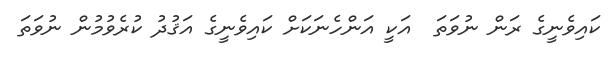
ކައިވެނީގެ ރަން ނުވަތަ  އަކީ އަންހެނަކަށް ކައިވެނީގެ އަޤުދު ކުރެވުމުން ނުވަތަ